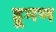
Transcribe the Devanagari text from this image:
हूमण